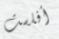
أفلست